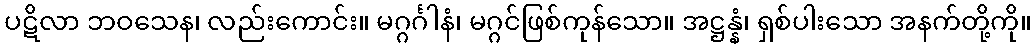
ပဋိလာ ဘဝသေန၊ လည်းကောင်း။ မဂ္ဂင်္ဂါနံ၊ မဂ္ဂင်ဖြစ်ကုန်သော။ အဋ္ဌန္နံ၊ ရှစ်ပါးသော အနက်တို့ကို။